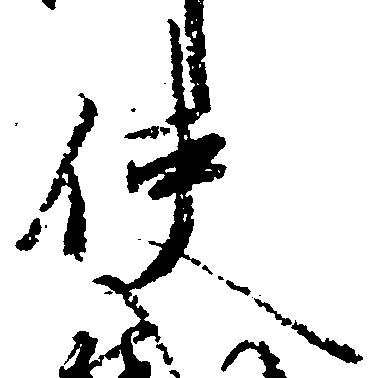
使